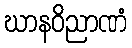
ဃာနဝိညာဏံ